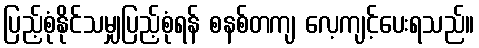
ပြည့်စုံနိုင်သမျှပြည့်စုံရန် စနစ်တကျ လေ့ကျင့်ပေးရသည်။